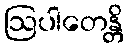
ဩပါတေန္တိ